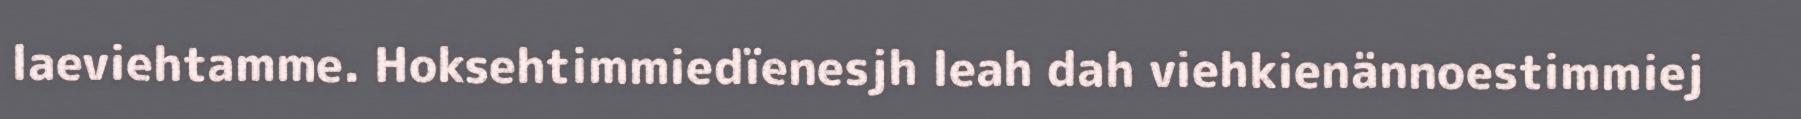
laeviehtamme. Hoksehtimmiedïenesjh leah dah viehkienännoestimmiej